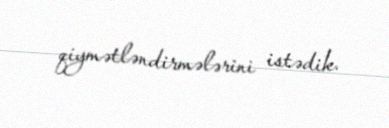
qiymətləndirmələrini istədik.